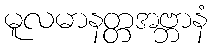
မူလမာနတ္တအဗ္ဘာနံ